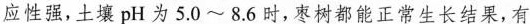
应性强，土壤pH为5.0~8.6时，枣树都能正常生长结果，有